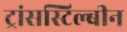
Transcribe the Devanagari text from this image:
ट्रांसस्टिल्बीन